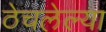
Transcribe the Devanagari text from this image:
ठेचलेल्या